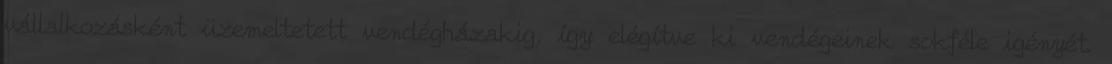
vállalkozásként üzemeltetett vendégházakig, így elégítve ki vendégeinek sokféle igényét.